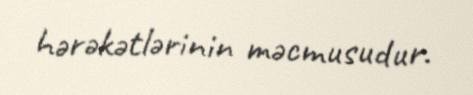
hərəkətlərinin məcmusudur.